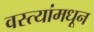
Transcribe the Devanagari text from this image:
वस्त्यांमधून